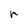
Character: r